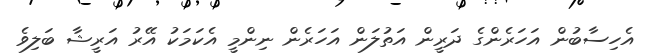
އެހިސާބުން އަހަރެންގެ ދަރީން އަތުލަން އަހަރެން ނިންމީ އެކަމަކު އޭރު އަރީޝާ ބަލިވެ